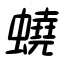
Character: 蟯